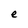
Character: e